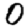
Digit: 0